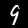
Digit: 9